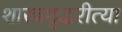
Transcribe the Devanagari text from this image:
शास्त्रशुद्धरीत्या